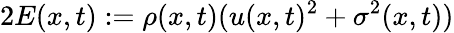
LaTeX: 2E(x,t):=\rho(x,t)(u(x,t)^{2}+\sigma^{2}(x,t))